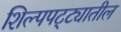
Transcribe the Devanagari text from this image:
शिल्पपट्ट्यातील